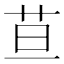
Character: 𦬹